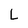
Character: L